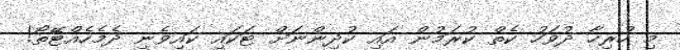
މި ހުރިހާ ދުވަހު ކެތް ކުރަމުން އައި ކުދިންނަށް ޓަކައި ކައިވެނި ދެމެހެއްޓޭތޯ!